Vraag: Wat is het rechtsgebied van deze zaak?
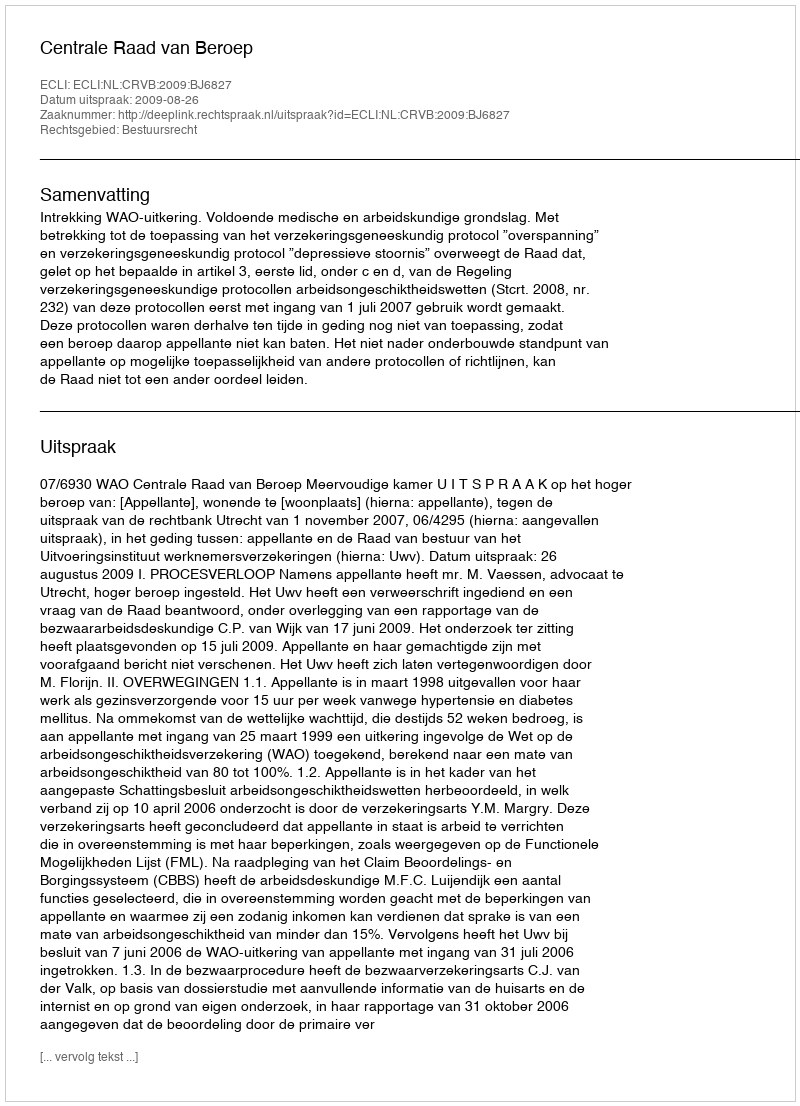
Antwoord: Bestuursrecht